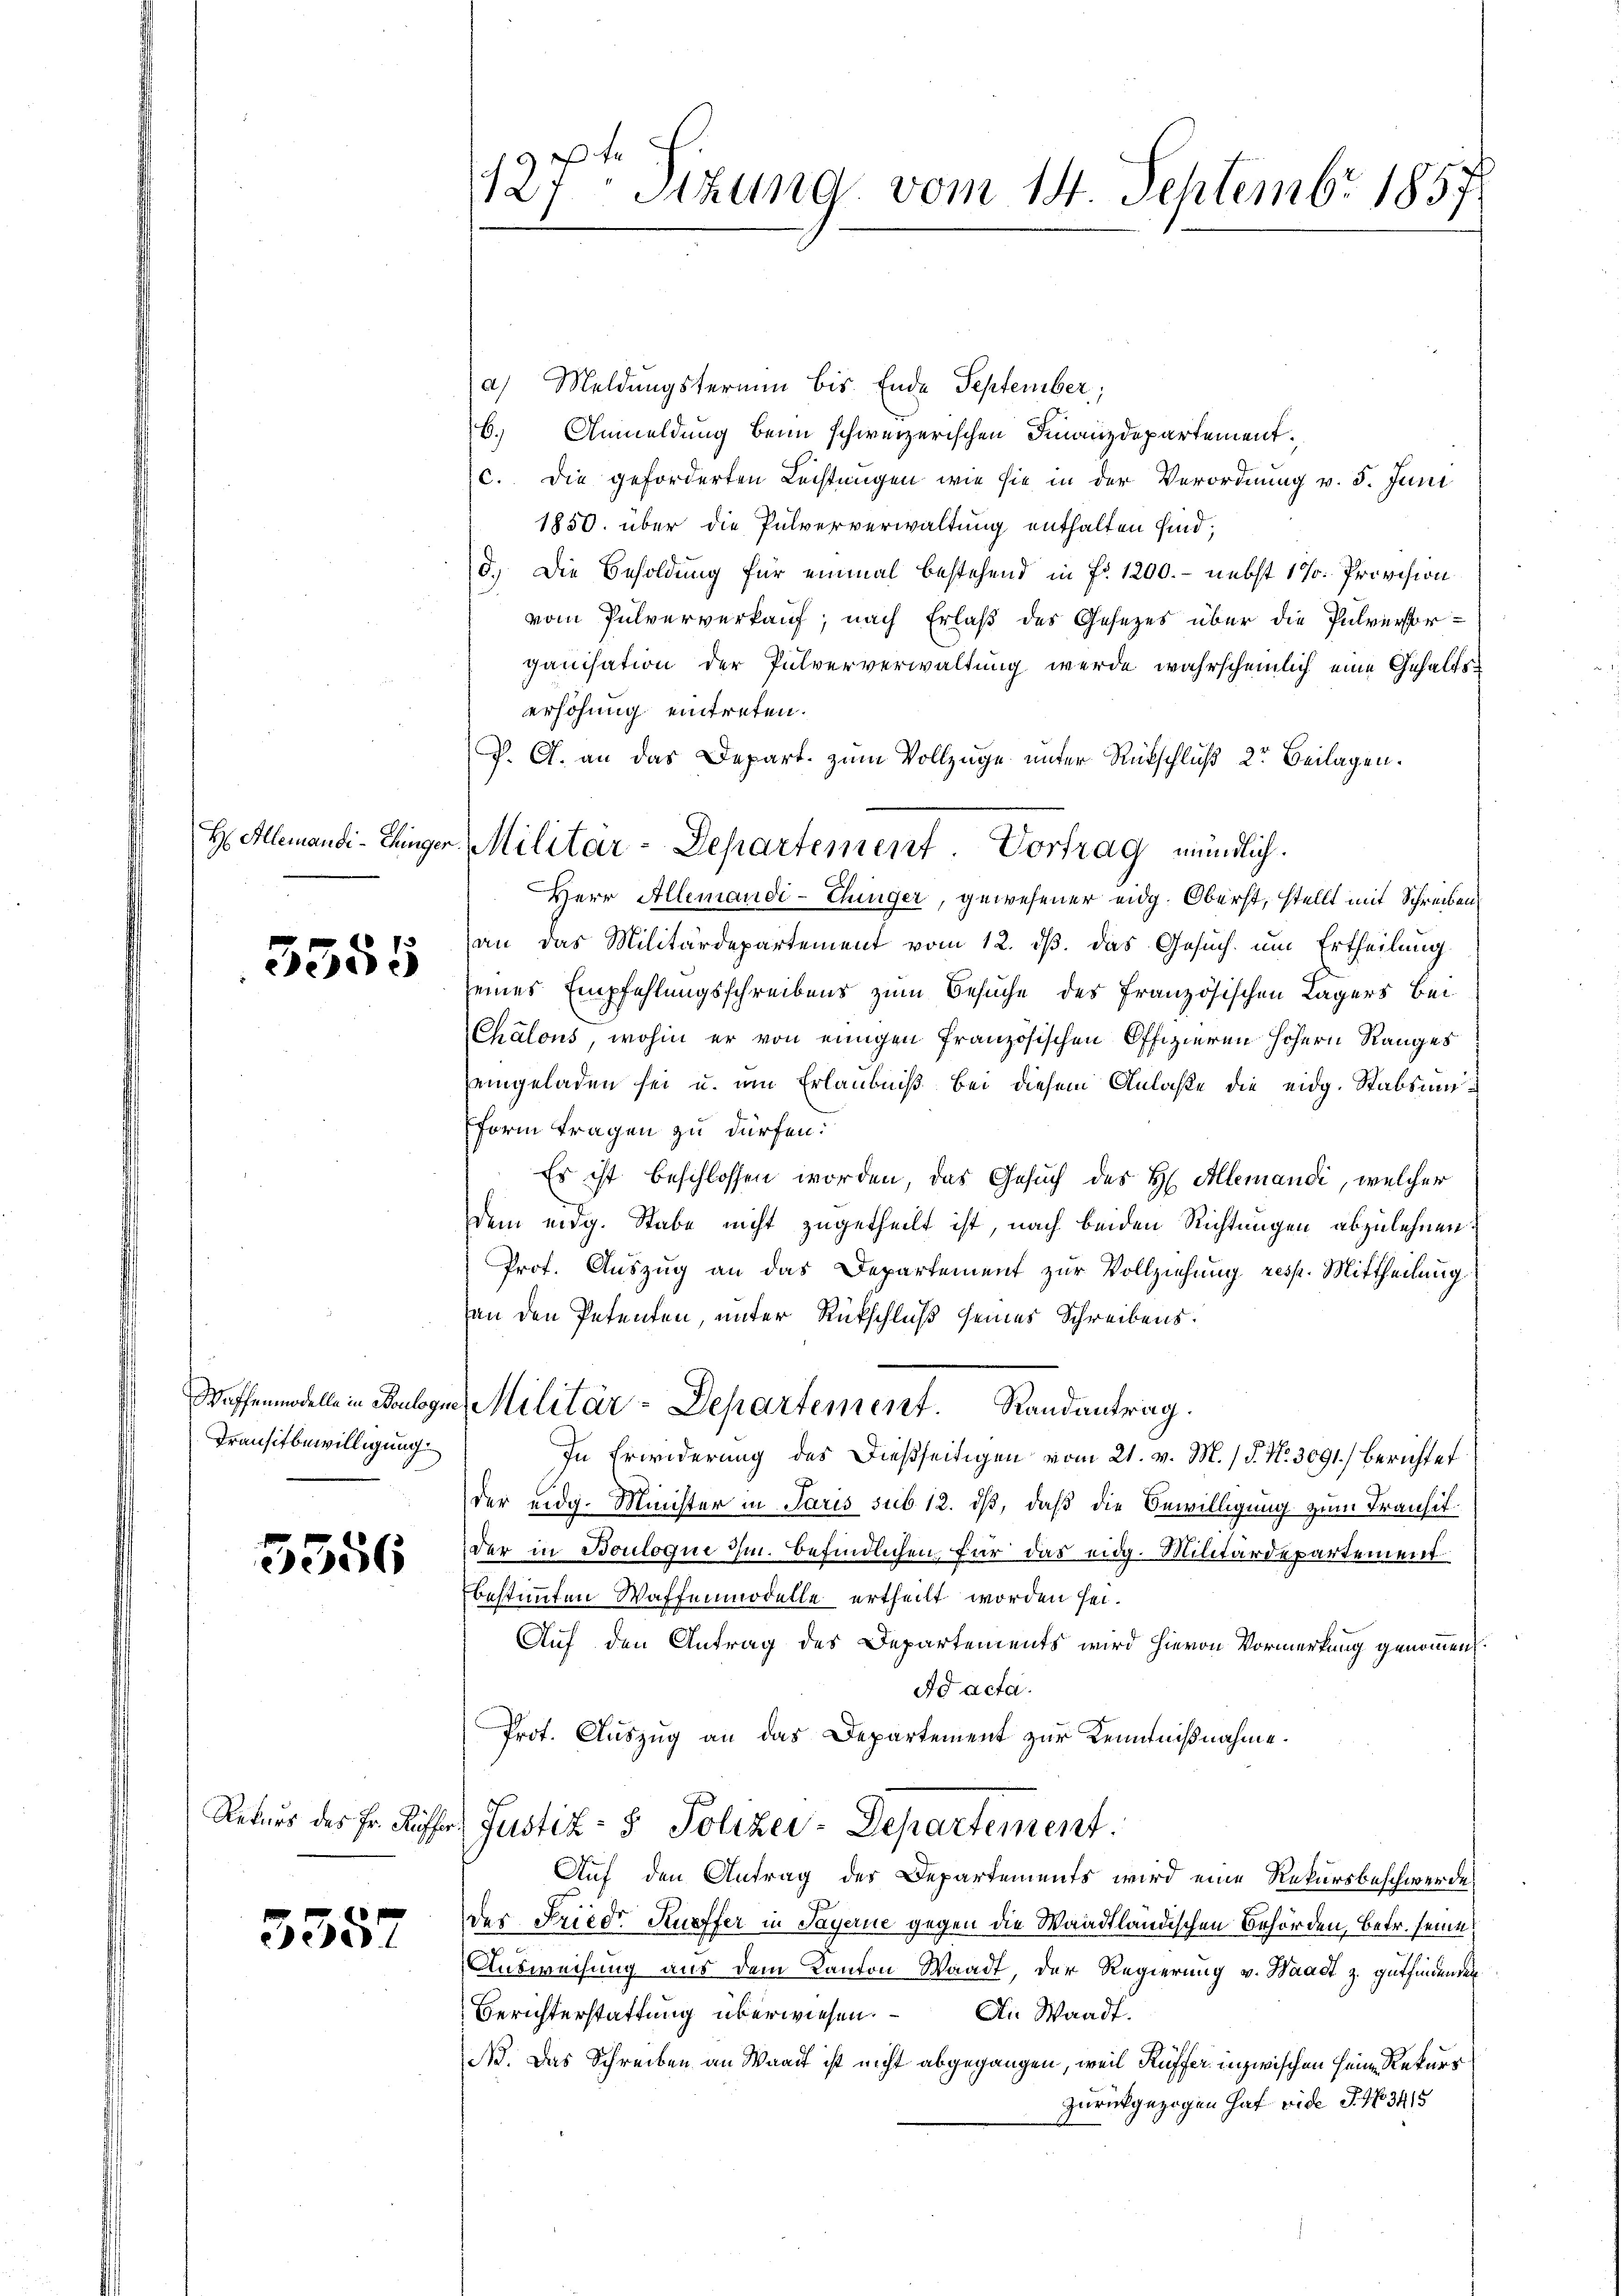
H. Allemandi - Einger

3555

Waffenmodelle in Boulogu
Transitbewilligung.

5556

Rekurs des Fr. Rüffer

3357

127. Sitzung vom 14. Septembr 1857

a) Meldungstermin bis Ende September,
16.
Anmeldung beim schweizerischen Finanzdepartement.
c. Die geforderten Rechtungen wie sie in der Verordnung v. 5. Juni
1850. über die Pulververwaltung enthalten sind;
d.) Die Besoldung für einmal bestehend in Fr. 1200. - nebst 17. Provision
vom Pulververkauf, nach Erlaß des Gesezes über die Pulversorganisation der Pulververwaltung werde wahrscheinlich eine Gehaltserhöhung eintreten.
P. G. an das Depart. zum Vollzüge unter Rückschluß 2r Beilagen.
Herr Allemandi-Chiniger, gewesener eidg. Oberst, stellt mit Schreiben
an das Militärdepartement vom 12. ds. das Gesuch um Ertheilung
eines Empfehlungsschreibens zum Besuche des französischen Lagers bei
CChalons, wohin er von einigen französischen Offizieren höhern Ranges
eingeladen sei u. um Erlaubniß bei diesem Anlaße die eidg. Stabsmi¬
Form tragen zu dürfen.
Es ist beschlossen worden, das Gesuch des H. Allemandi, welcher
dem eidg. Stabe nicht zugetheilt ist, nach beiden Richtungen abzulehnen.
Prof. Auszug an das Departement zur Vollziehung resp. Mittheilung
an den Petenten, unter Rückschluß seines Schreibens.
 Militär-Departement. Randantrag.
In Erwiderung des dießseitigen vom 21. v. M. / P. Nr. 3091) berichtet
der eidg. Minister in Paris sub 12. dß, daß die Bewilligung zum Transitder in Bouloque im befindlichen, für das eidg. Militärdepartement
bestimmten Waffenmodelle ertheilt worden sei.
Auf den Antrag des Departements wird hievon Vormerkung genommen,
Ad acta.
Prot. Auszug an das Departement zur Kenntnißnahme.
Justiz- & Polizei-Departement.
Auf den Antrag der Departements wird eine Rekursbeschwerde
der Friedr Kuffer in Payerne gegen die Waadtländischen Behörden, betr. seine
Ausweisung aus dem Kanton Waadt, der Regierung v. Waadt z. gutfindenden
Berichterstattung überwiesen.
An Waadt.
No. Das Schreiben an Waadt ist nicht abgegangen, weil Kuffer inzwischen sein Rekurs
zurückgezogen hat vide S. 43415

Militär-Departement. Vortrag mündlich.